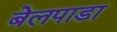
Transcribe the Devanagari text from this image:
बेलपाडा